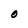
Character: 0